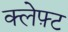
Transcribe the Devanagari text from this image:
क्लेफ़्ट